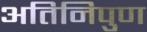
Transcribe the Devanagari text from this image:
अतिनिपुण